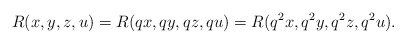
\begin{align*}R(x,y,z,u)=R(qx,qy,qz,qu)=R(q^{2}x,q^{2}y,q^{2}z,q^{2}u).\end{align*}